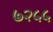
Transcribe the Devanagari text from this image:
७२५५